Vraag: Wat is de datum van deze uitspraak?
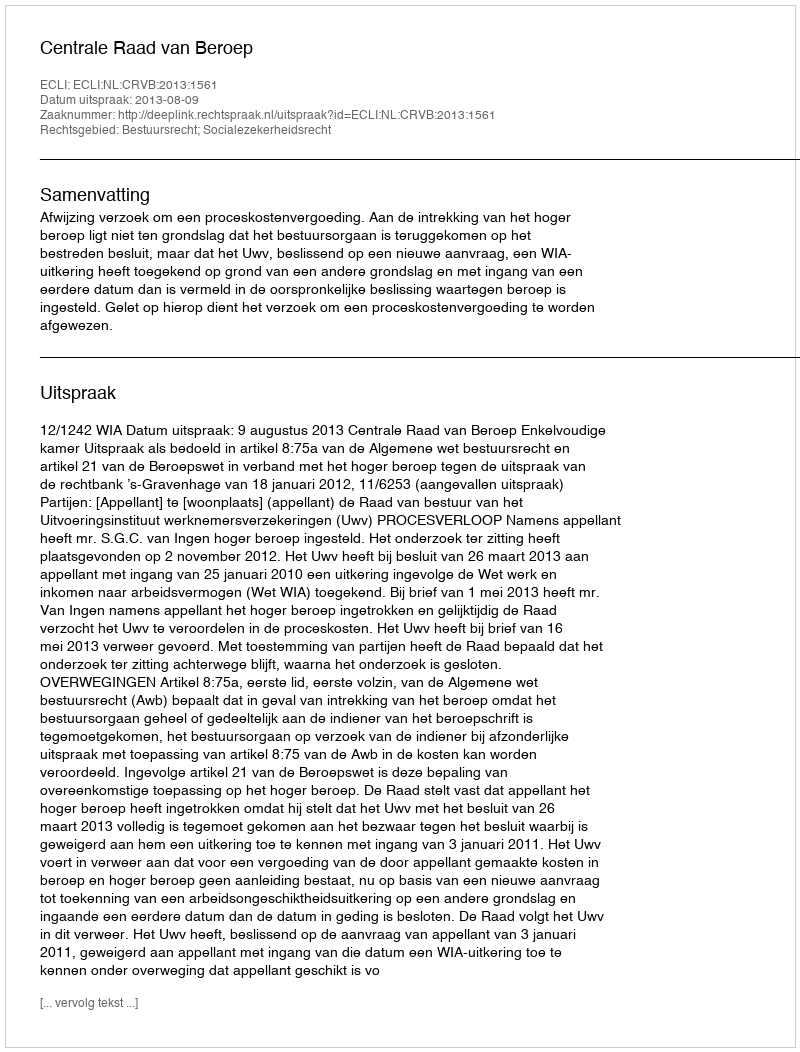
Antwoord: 2013-08-09